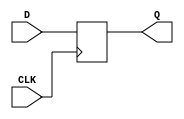
module d_ff(
    input wire D,
    input wire CLK,
    output reg Q
);

always @(posedge CLK) begin
    Q <= D;
end

endmodule